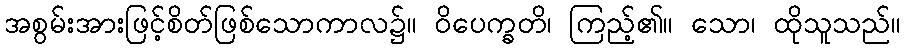
အစွမ်းအားဖြင့်စိတ်ဖြစ်သောကာလ၌။ ဝိပေက္ခတိ၊ ကြည့်၏။ သော၊ ထိုသူသည်။